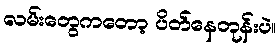
လမ်းတွေကတော့ ပိတ်နေတုန်းပဲ။